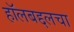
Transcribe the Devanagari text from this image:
हॉलबद्दलचा